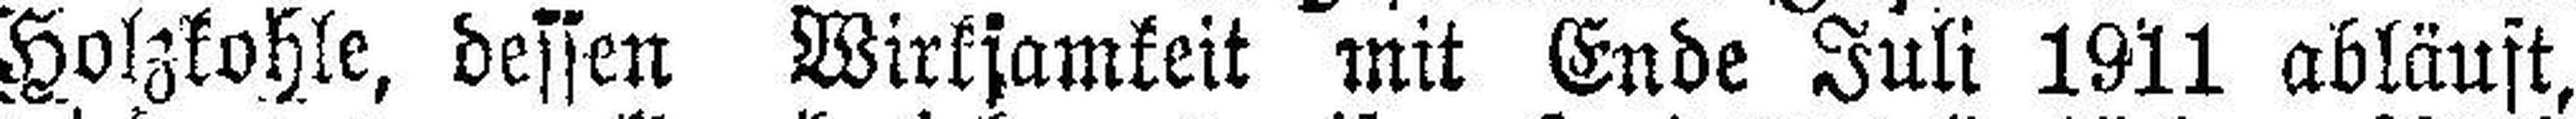
Holzkohle, dessen Wirksamkeit mit Ende Juli 1911 abläuft,